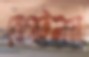
যোগাইলাম